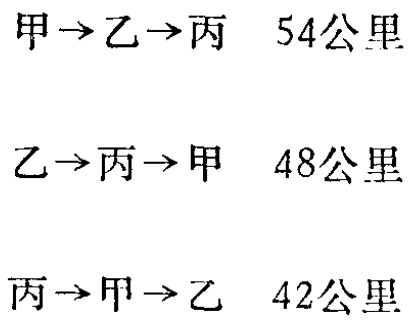
甲$\to$乙$\to$丙  54公里\\
乙$\to$丙$\to$甲  48公里\\
丙$\to$甲$\to$乙  42公里